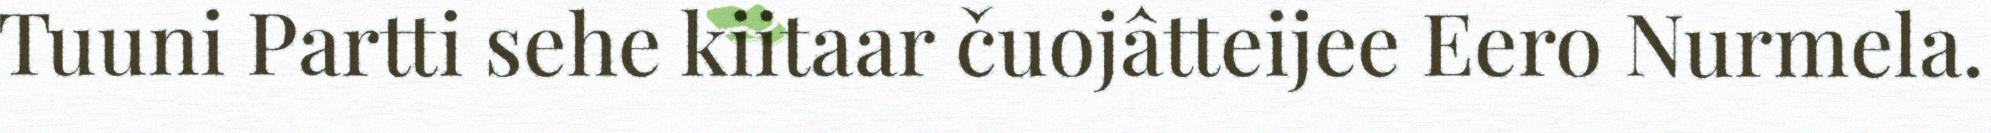
Tuuni Partti sehe kiitaar čuojâtteijee Eero Nurmela.